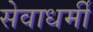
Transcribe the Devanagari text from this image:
सेवाधर्मी